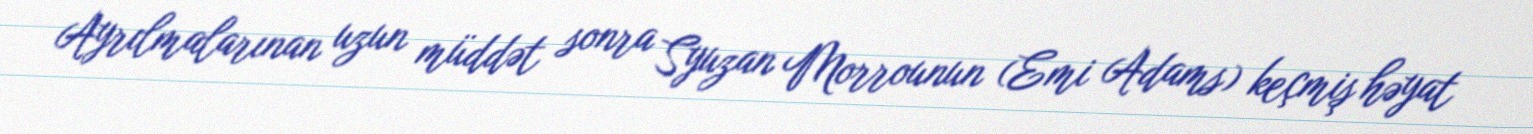
Ayrılmalarınan uzun müddət sonra Syuzan Morrounun (Emi Adams) keçmiş həyat